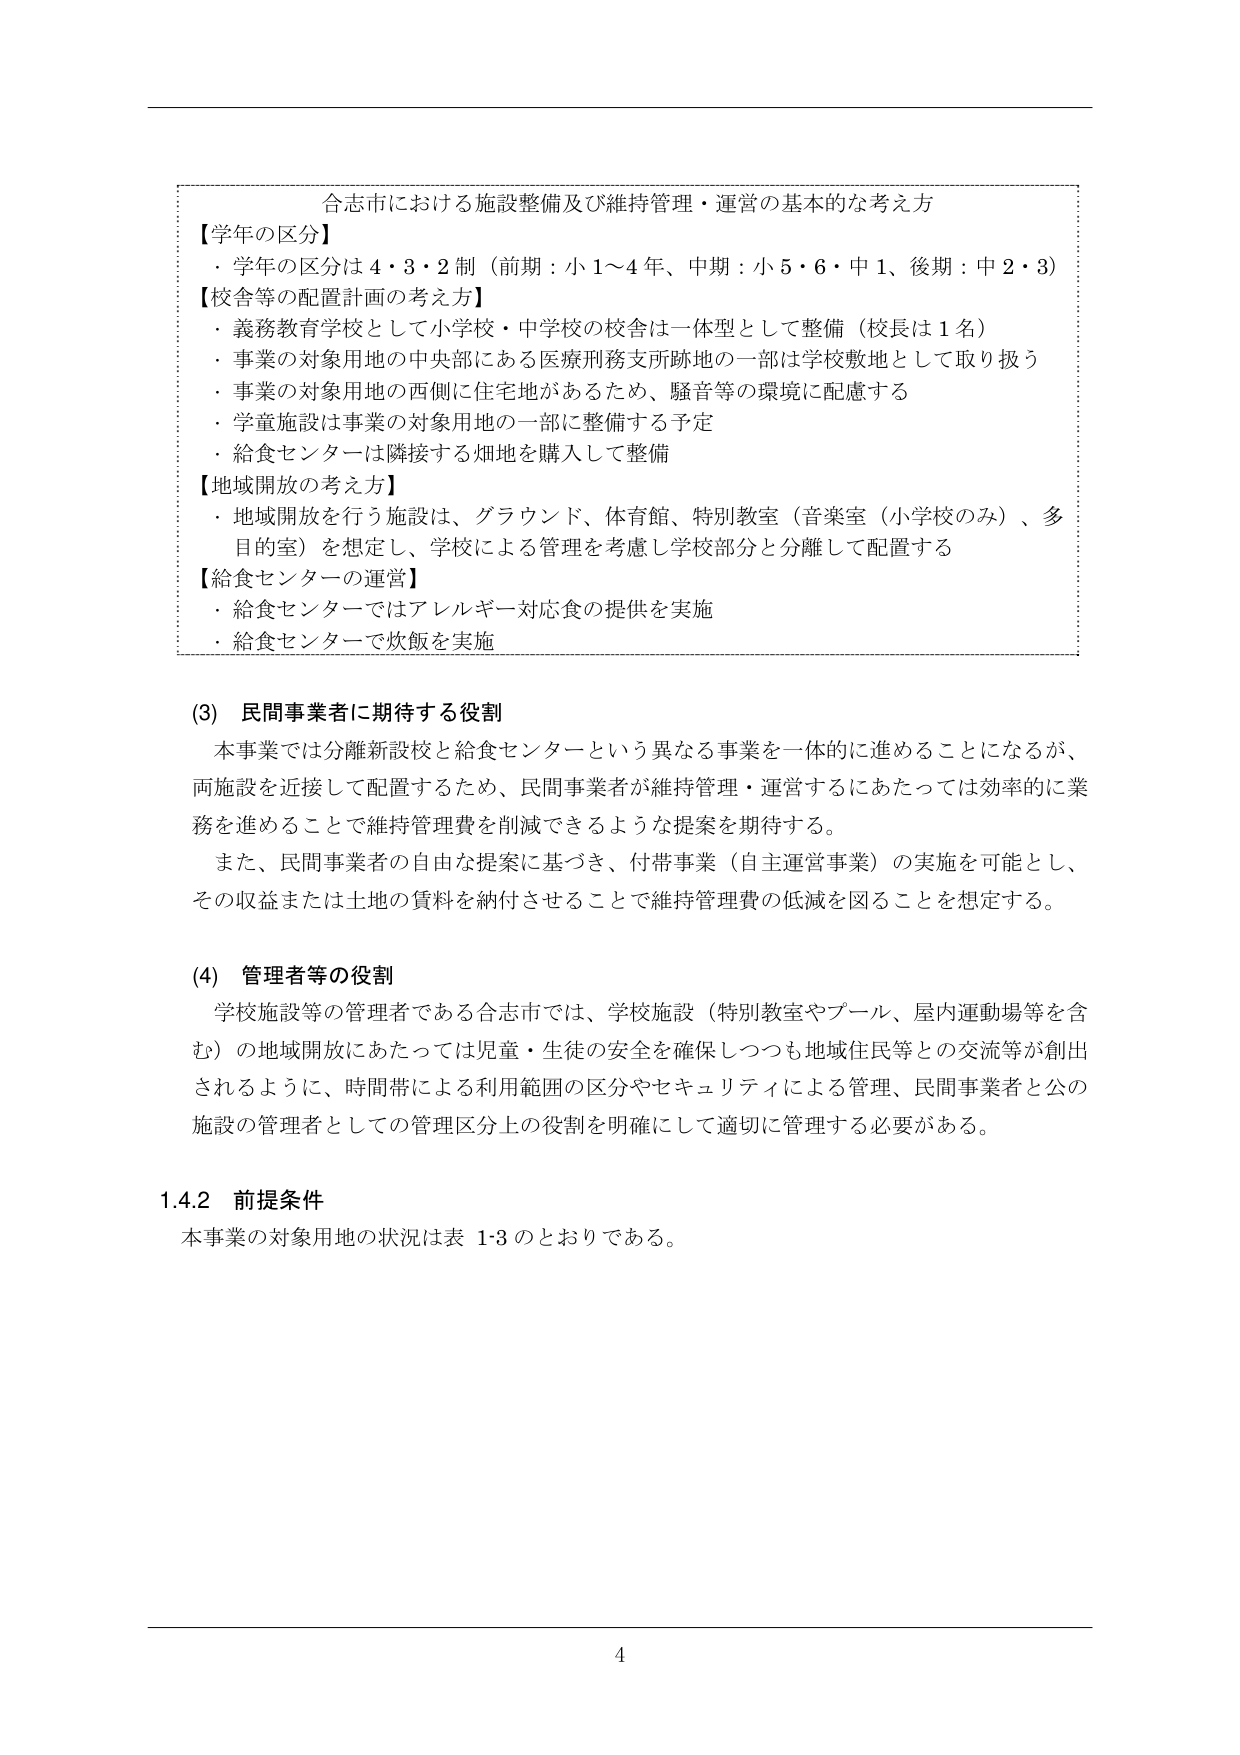
合志市における施設整備及び維持管理・運営の基本的な考え方

【学年の区分】
・学年の区分は４・３・２制（前期：小１～４年、中期：小５・６・中１、後期：中２・３）

【校舎等の配置計画の考え方】
・義務教育学校として小学校・中学校の校舎は一体型として整備（校長は１名）
・事業の対象用地の中央部にある医療刑務支所跡地の一部は学校敷地として取り扱う
・事業の対象用地の西側に住宅地があるため、騒音等の環境に配慮する
・学童施設は事業の対象用地の一部に整備する予定
・給食センターは隣接する畑地を購入して整備

【地域開放の考え方】
・地域開放を行う施設は、グラウンド、体育館、特別教室（音楽室（小学校のみ）、多目的室）を想定し、学校による管理を考慮し学校部分と分離して配置する

【給食センターの運営】
・給食センターではアレルギー対応食の提供を実施
・給食センターで炊飯を実施

(3) 民間事業者に期待する役割
本事業では分離新設校と給食センターという異なる事業を一体的に進めることになるが、両施設を近接して配置するため、民間事業者が維持管理・運営するにあたっては効率的に業務を進めることで維持管理費を削減できるような提案を期待する。
また、民間事業者の自由な提案に基づき、付帯事業（自主運営事業）の実施を可能とし、その収益または土地の賃料を納付させることで維持管理費の低減を図ることを想定する。

(4) 管理者等の役割
学校施設等の管理者である合志市では、学校施設（特別教室やプール、屋内運動場等を含む）の地域開放にあたっては児童・生徒の安全を確保しつつも地域住民等との交流等が創出されるように、時間帯による利用範囲の区分やセキュリティによる管理、民間事業者と公の施設の管理者としての管理区分上の役割を明確にして適切に管理する必要がある。

1.4.2 前提条件
本事業の対象用地の状況は表 1-3 のとおりである。

4